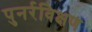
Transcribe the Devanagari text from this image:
पुनर्रविक्षण